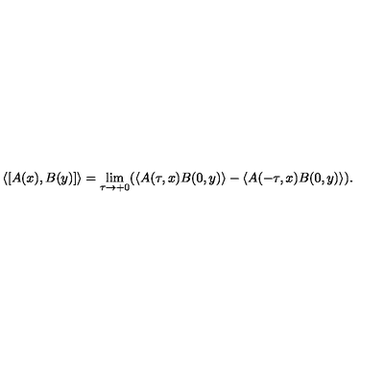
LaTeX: \left\langle \lbrack A ( x ) , B ( y ) ] \right\rangle = \lim _ { \tau \rightarrow + 0 } ( \left\langle A ( \tau , x ) B ( 0 , y ) \right\rangle - \left\langle A ( - \tau , x ) B ( 0 , y ) \right\rangle ) .